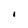
Character: I